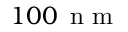
1 0 0 \, \mathrm { ~ n ~ m ~ }